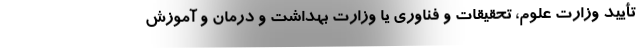
تأیید وزارت علوم، تحقیقات و فناوری یا وزارت بهداشت و درمان و آموزش